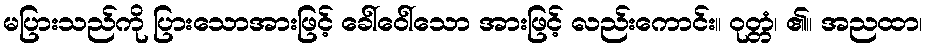
မပြားသည်ကို ပြားသောအားဖြင့် ခေါ်ဝေါ်သော အားဖြင့် လည်းကောင်း။ ဝုတ္တံ၊ ၏။ အညထာ၊